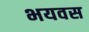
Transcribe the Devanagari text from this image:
भयवस